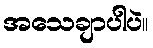
အသေချာပါပဲ။